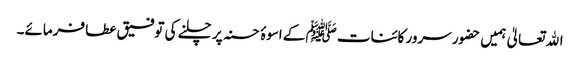
اﷲ تعالیٰ ہمیں حضور سرور کائنات ﷺ کے اسوۂ حسنہ پر چلنے کی توفیق عطا فرمائے۔